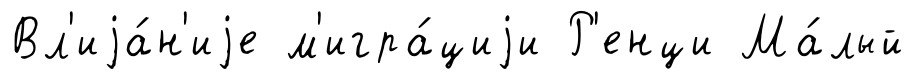
Вл'иjа́н'иjе м'игра́циjи Р'енци Ма́лый